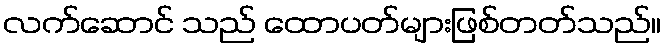
လက်ဆောင် သည် ထောပတ်များဖြစ်တတ်သည်။